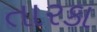
તારકા